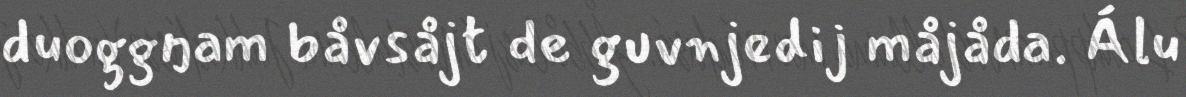
duoggŋam båvsåjt de guvnjedij måjåda. Álu